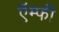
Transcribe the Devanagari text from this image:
ऍम्‍फी